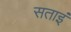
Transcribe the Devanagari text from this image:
सताइं